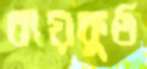
ব্যয়কুণ্ঠ